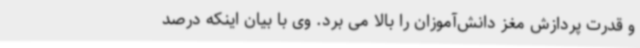
و قدرت پردازش مغز دانش‌آموزان را بالا می برد. وی با بیان اینکه درصد